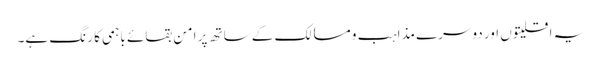
یہ اقلیتوں اور دوسرے مذاہب و مسالک کے ساتھ پر امن بقائے باہمی کا رنگ ہے۔